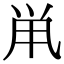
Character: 鼡